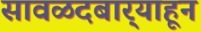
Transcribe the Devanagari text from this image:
सावळदबार्‍याहून